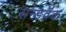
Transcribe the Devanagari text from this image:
सन्डवॅक